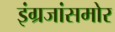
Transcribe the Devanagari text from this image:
इंग्रजांसमोर